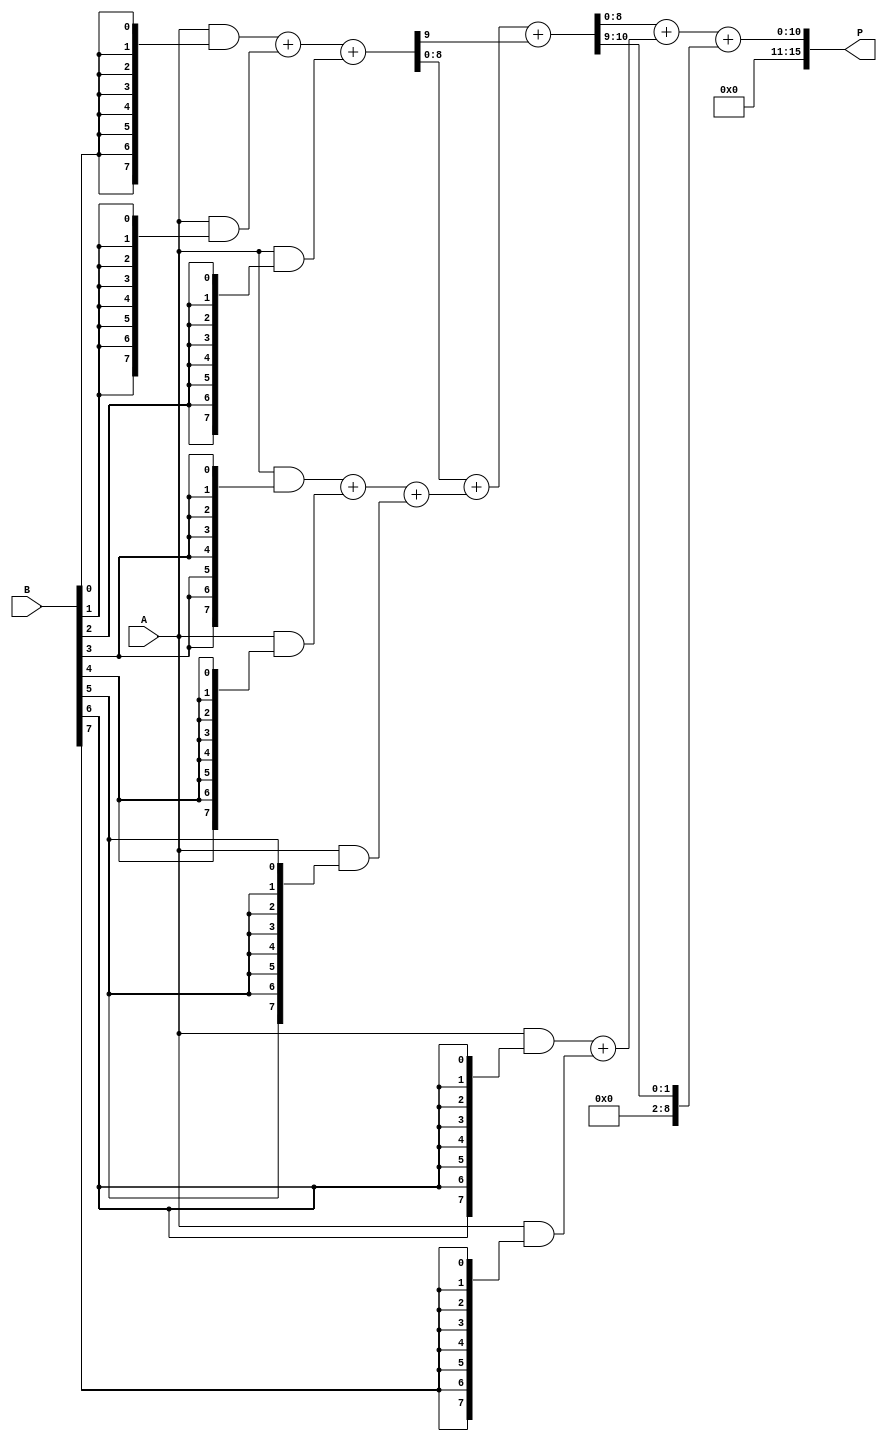
module wallace_tree_multiplier #(parameter N = 8) (
    input [N-1:0] A,
    input [N-1:0] B,
    output reg [2*N-1:0] P
);

    // Generate partial products
    wire [N-1:0] pp [0:N-1]; // Partial products
    genvar i;
    generate
        for (i = 0; i < N; i = i + 1) begin : partial_product_gen
            assign pp[i] = A & {N{B[i]}}; // ANDing each bit of B with A
        end
    endgenerate

    // Wallace tree reduction stages
    wire [N:0] sum [0:N-1]; // Sums and carries
    wire [N:0] carry [0:N-1];
    wire [N:0] level1_sum [0:N/2-1];
    wire [N:0] level1_carry [0:N/2-1];

    // First reduction stage
    generate
        for (i = 0; i < N; i = i + 1) begin : first_stage
            if (i % 3 == 0 && i + 2 < N) begin
                // Use a full adder
                assign {carry[i/3], sum[i/3]} = pp[i] + pp[i+1] + pp[i+2];
            end else if (i % 3 == 0 && i + 1 < N) begin
                // Use a half adder
                assign {carry[i/3], sum[i/3]} = pp[i] + pp[i+1];
            end else if (i % 3 == 0) begin
                assign sum[i/3] = pp[i];
                assign carry[i/3] = 0;
            end
        end
    endgenerate

    // Second reduction stage
    generate
        for (i = 0; i < (N+2)/3; i = i + 1) begin : second_stage
            if (i*2 + 1 < (N+2)/3) begin
                assign {level1_carry[i], level1_sum[i]} = sum[i*2] + sum[i*2+1] + carry[i*2];
            end else if (i*2 < (N+2)/3) begin
                assign level1_sum[i] = sum[i*2];
                assign level1_carry[i] = 0;
            end
        end
    endgenerate

    // Final addition
    wire [2*N-1:0] final_sum;
    wire [2*N-1:0] final_carry;

    assign final_sum = {1'b0, level1_sum[0]} + {1'b0, level1_sum[1]} + {1'b0, level1_carry[0]};

    // Assign final product
    always @(*) begin
        P = final_sum;
    end

endmodule